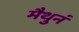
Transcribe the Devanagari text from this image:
मैथुनं